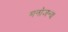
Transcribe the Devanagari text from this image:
मनोजन्य